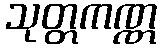
သုတ္တကဏ္ဏ